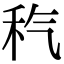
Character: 𥝬